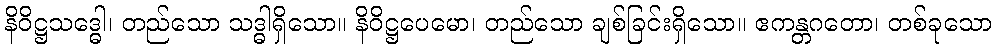
နိဝိဋ္ဌသဒ္ဓေါ၊ တည်သော သဒ္ဓါရှိသော။ နိဝိဋ္ဌပေမော၊ တည်သော ချစ်ခြင်းရှိသော။ ဧကန္တဂတော၊ တစ်ခုသော